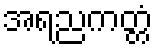
အရညကတ္တံ